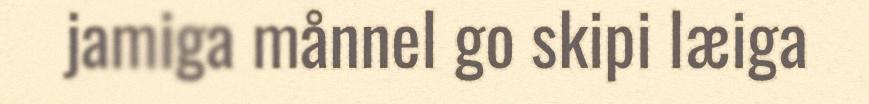
jamiga månnel go skipi læiga